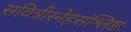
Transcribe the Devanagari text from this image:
सवित्रीस्नेहसंश्लिष्टः